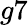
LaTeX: g7